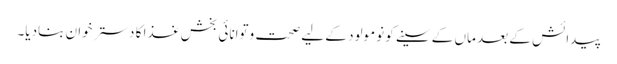
پیدائش کے بعد ماں کے سینے کو نومولود کے لیے صحت وتوانائی بخش غذا کا دسترخوان بنادیا۔